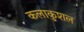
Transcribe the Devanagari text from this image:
कलाकुशल